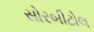
સોરબીટોલ